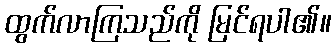
ထွက်လာကြသည်ကို မြင်ရပါ၏။